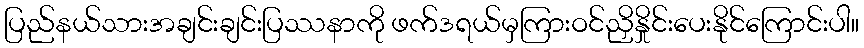
ပြည်နယ်သားအချင်းချင်းပြဿနာကို ဖက်ဒရယ်မှကြားဝင်ညှိနှိုင်းပေးနိုင်ကြောင်းပါ။